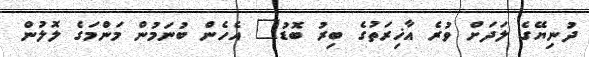
ދުނިޔޭގެ ލަދަށް ވުރެ އާޚިރަތުގެ ބިރު ބޮޑު" އެހެން ބުނަމުން މަންމަގެ ލޮލުން